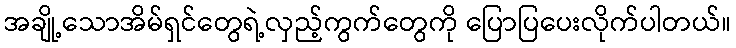
အချို့သောအိမ်ရှင်တွေရဲ့လှည့်ကွက်တွေကို ပြောပြပေးလိုက်ပါတယ်။